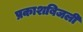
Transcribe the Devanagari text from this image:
प्रकाशबिजली